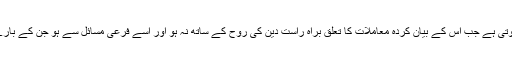
یہ بات اس وقت اور بھی خصوصیت کی حامل ہوتی ہے جب اس کے بیان کردہ معاملات کا تعلق براہ راست دین کی روح کے ساتھ نہ ہو اور اسے فرعی مسائل سے ہو جن کے بارے میں گفتگو کے دوران اختلاف کی گنجائش ہو ۔